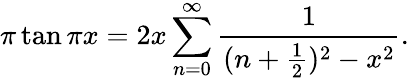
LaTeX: \pi\tan\pi x=2x\sum_{n=0}^{\infty}{\frac{1}{(n+{\frac{1}{2}})^{2}-x^{2}}}.